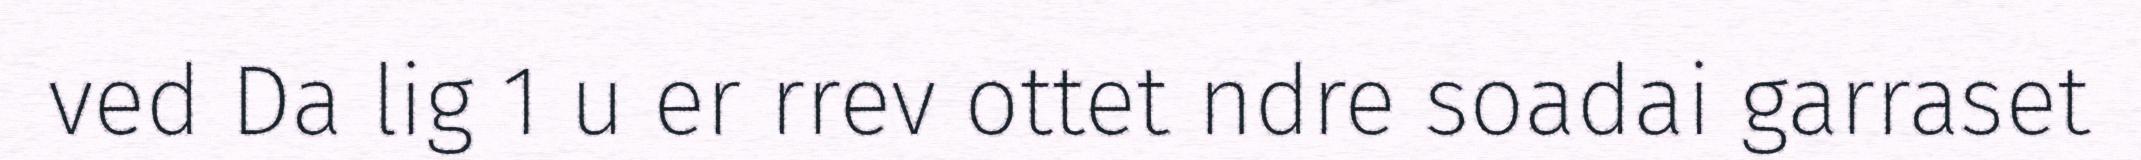
ved Da lig 1 u er rrev ottet ndre soadai garraset